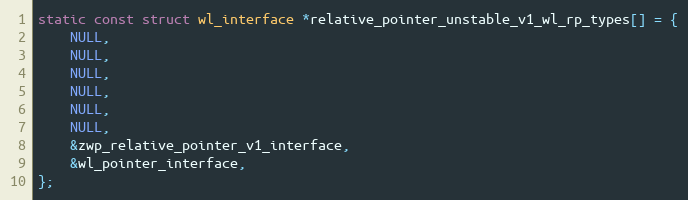
Language: C
static const struct wl_interface *relative_pointer_unstable_v1_wl_rp_types[] = {
	NULL,
	NULL,
	NULL,
	NULL,
	NULL,
	NULL,
	&zwp_relative_pointer_v1_interface,
	&wl_pointer_interface,
};